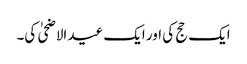
ایک حج کی اور ایک عید الاضحیٰ کی۔